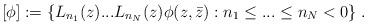
LaTeX: \begin{align*}\lbrack \phi ]:=\{L_{n_{1}}(z)...L_{n_{N}}(z)\phi (z,\bar{z}):n_{1}\leq...\leq n_{N}<0\}\;. \end{align*}